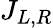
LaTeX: J_{L,R}